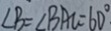
\angle B = \angle B A C = 6 0 ^ { \circ }